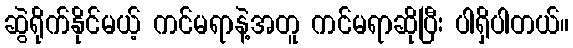
ဆွဲရိုက်နိုင်မယ့် ကင်မရာနဲ့အတူ ကင်မရာဆိုပြီး ပါရှိပါတယ်။